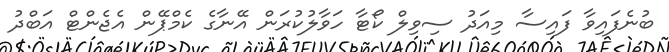
ބުނެފައިވާ ފައިސާ މިއަދު ސިވިލް ކޯޓާ ހަވާލުކުރަން އޭނާގެ ކެމްޕޭން އެޖެންޓް އަބްދު